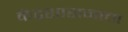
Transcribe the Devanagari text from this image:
केंद्रशासनाचा